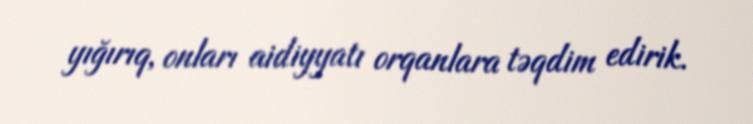
yığırıq, onları aidiyyatı orqanlara təqdim edirik.